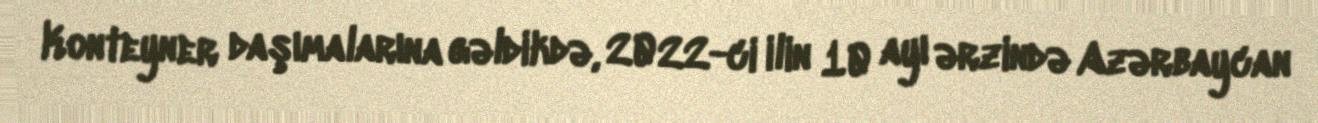
Konteyner daşımalarına gəldikdə, 2022-ci ilin 10 ayı ərzində Azərbaycan